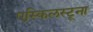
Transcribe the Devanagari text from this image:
एस्किलस्टूना